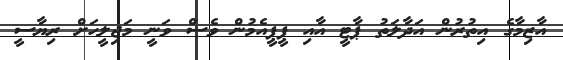
އާޒިމާގެ އިތުރުން އަދާލަތު ޕާޓީ އާއި ޕީޕީއެމުން ވެސް ވަނީ މަޖިލީހަށް ރިޔާސީ